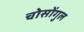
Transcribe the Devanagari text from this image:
चोसोंगुल